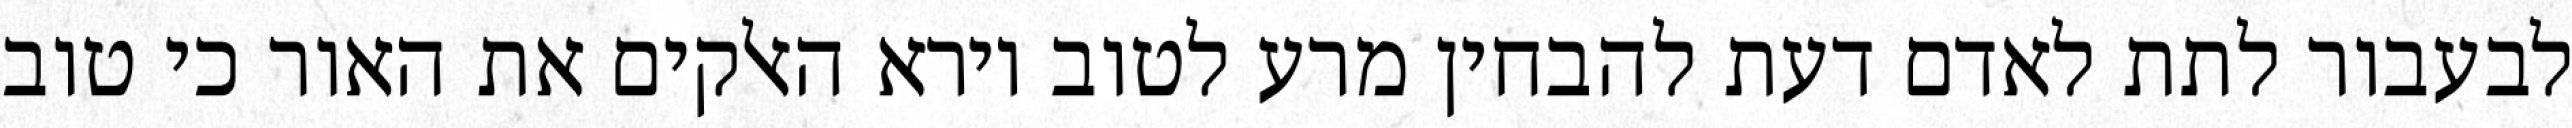
לבעבור לתת לאדם דעת להבחין מרע לטוב וירא האלקים את האור כי טוב